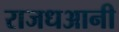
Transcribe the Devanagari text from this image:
राजधआनी